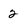
Character: 2